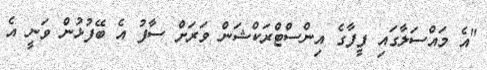
"އެ މައްސަލާގައި ފީފާގެ އިންސްޓްރަކްޝަން ވަރަށް ސާފު އެ ބޭފުޅުން ވަނީ އެ